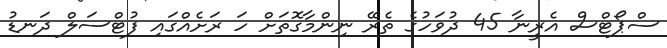
ސްޕޯޓްސް އެރީނާ 45 ދުވަހުގެ ތެރޭ ނިންމާގޮތަށް ހަ ރަށެއްގައި ފުޓްސަލް ދަނޑު